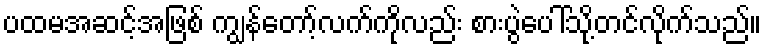
ပထမအဆင့်အဖြစ် ကျွန်တော့်လက်ကိုလည်း စားပွဲပေါ်သို့တင်လိုက်သည်။